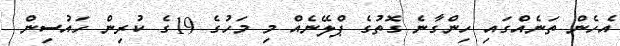
އެހެން ތަނެއްގައި ހިންގާނެ ގޮތުގެ ޕްލޭނެއް މި މަހުގެ 19ގެ ކުރިން ހައުސިން